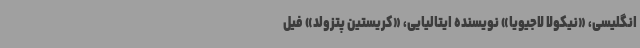
انگلیسی، «نیکولا لاجیویا» نویسنده ایتالیایی، «کریستین پتزولد» فیل